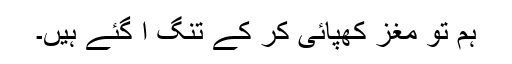
ہم تو مغز کھپائی کر کے تنگ آ گئے ہیں۔